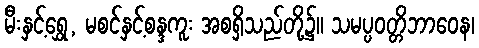
မီးနှင့်ရွှေ, မစင်နှင့်စန္ဒကူး အစရှိသည်တို့၌။ သမပ္ပဝတ္တိဘာဝေန၊